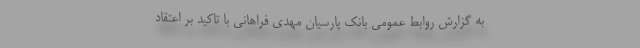
به گزارش روابط عمومی بانک پارسیان مهدی فراهانی با تاکید بر اعتقاد